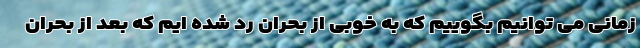
زمانی می توانیم بگوییم که به خوبی از بحران رد شده ایم که بعد از بحران